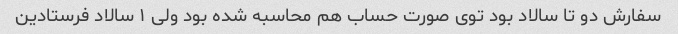
سفارش دو تا سالاد بود توی صورت حساب هم محاسبه شده بود ولی ۱ سالاد فرستادین